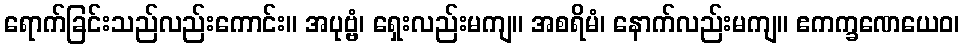
ရောက်ခြင်းသည်လည်းကောင်း။ အပုဗ္ဗံ၊ ရှေးလည်းမကျ။ အစရိမံ၊ နောက်လည်းမကျ။ ဧကက္ခဏေယေဝ၊